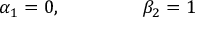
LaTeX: \alpha _ { 1 } = 0 , \ \ \ \ \ \ \ \ \ \ \ \ \ \beta _ { 2 } = 1